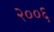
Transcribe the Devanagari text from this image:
२००६